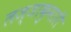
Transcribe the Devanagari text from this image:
लज्जाकुमारी